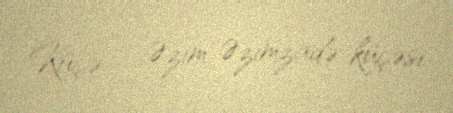
Küçə — Əzim Əzimzadə küçəsi